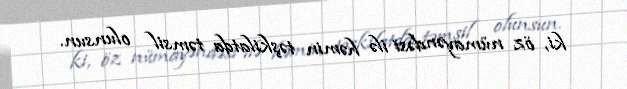
ki, öz nümayəndəsi ilə həmin təşkilatda təmsil olunsun.